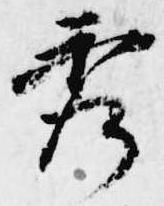
秀